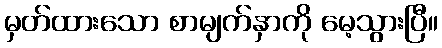
မှတ်ထားသော စာမျက်နှာကို မေ့သွားပြီ။